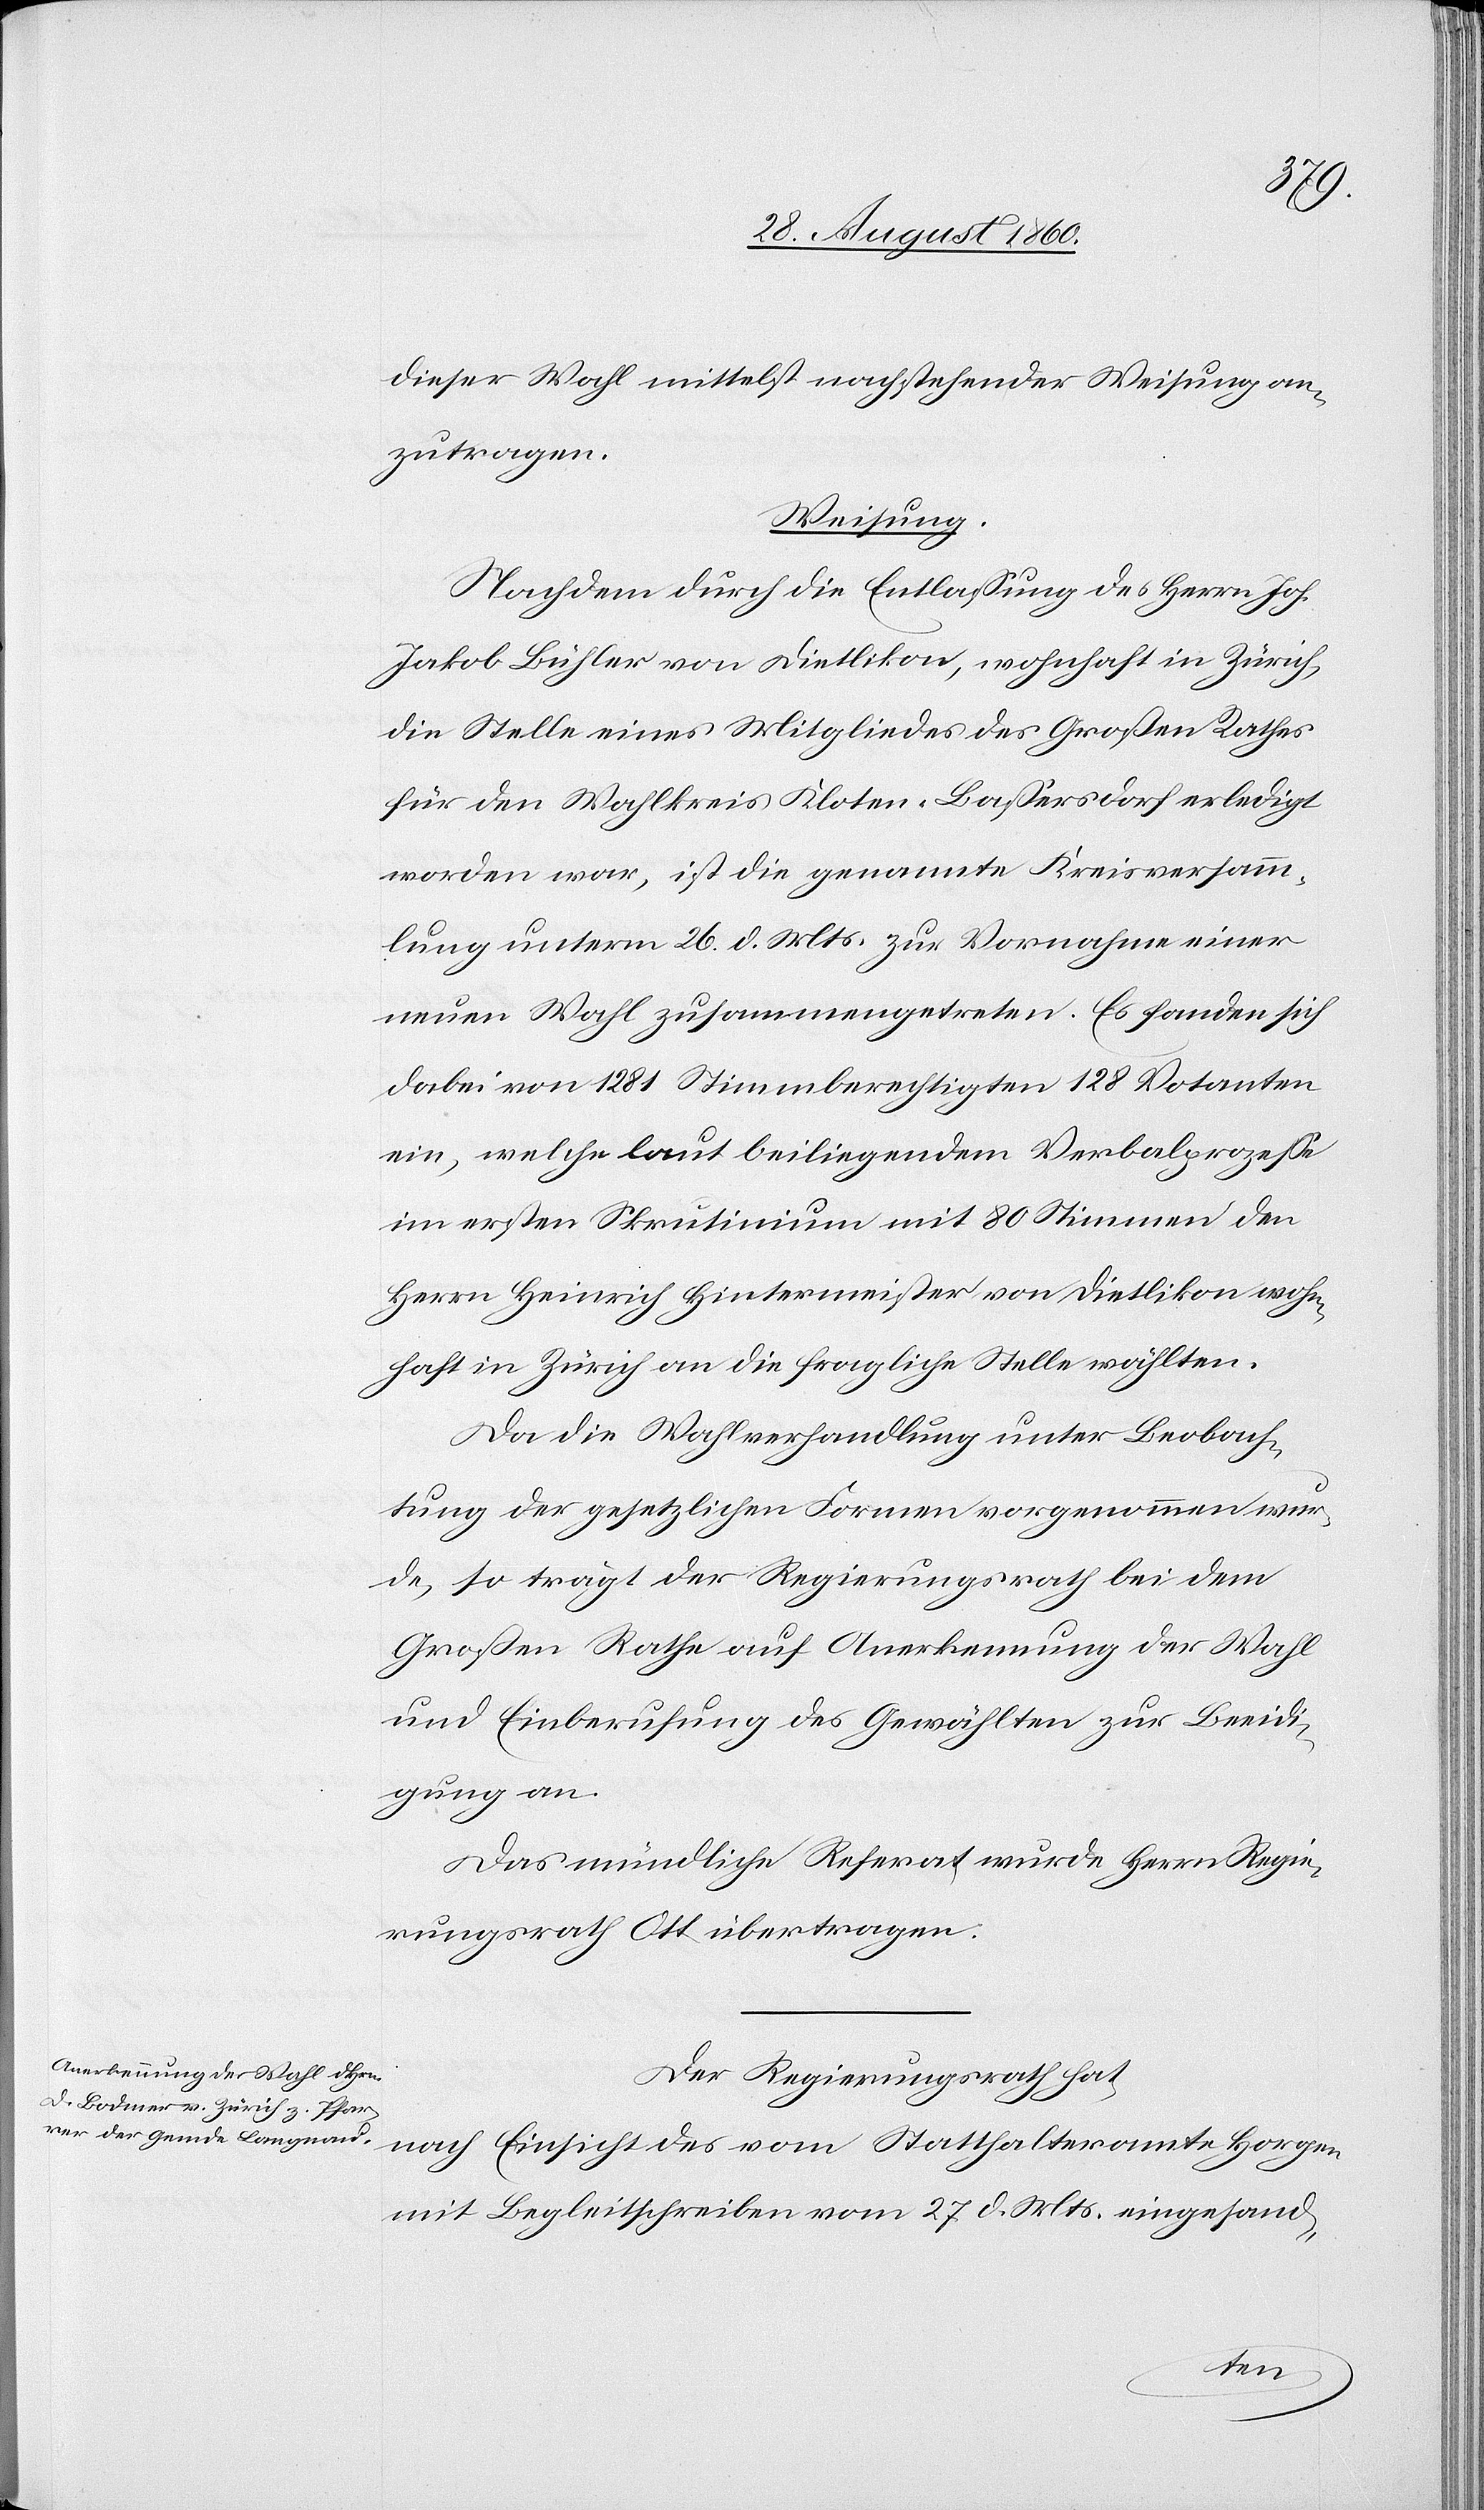
dieser Wahl mittelst nachstehender Weisung an¬
zutragen.
Weisung.
Nachdem durch die Entlassung des Herrn Joh.
Jakob Bühler von Dietlikon, wohnhaft in Zürich,
die Stelle eines Mitgliedes des Grossen Rathes
für den Wahlkreis Kloten-Bassersdorf erledigt
worden war, ist die genannte Kreisversamm¬
lung unterm 26. d. Mts. zur Vornahme einer
neuen Wahl zusammengetreten. Es fanden sich
dabei von 1281 Stimmberechtigten 128 Votanten
ein, welche laut beiliegendem Verbalprozesse
im ersten Skrutinium mit 80 Stimmen d¬
en Heinrich Hintermeister von Dietlikon, wohn¬
haft in Zürich, an die fragliche Stelle wählten.
Da die Wahlverhandlung unter Beobach¬
tung der gesetzlichen Formen vorgenommen wur¬
de, so trägt der Regierungsrath bei dem
Grossen Rathe auf Anerkennung der Wahl
u. Einberufung des Gewählten zur Beeidi¬
gung an.
Das mündliche Referat wurde Herrn Regie¬
rungsrath Ott übertragen.
Der Regierungsrath hat,
nach Einsicht des vom Statthalteramte Horgen
mit Begleitschreiben vom 27. d. Mts. eingesand-